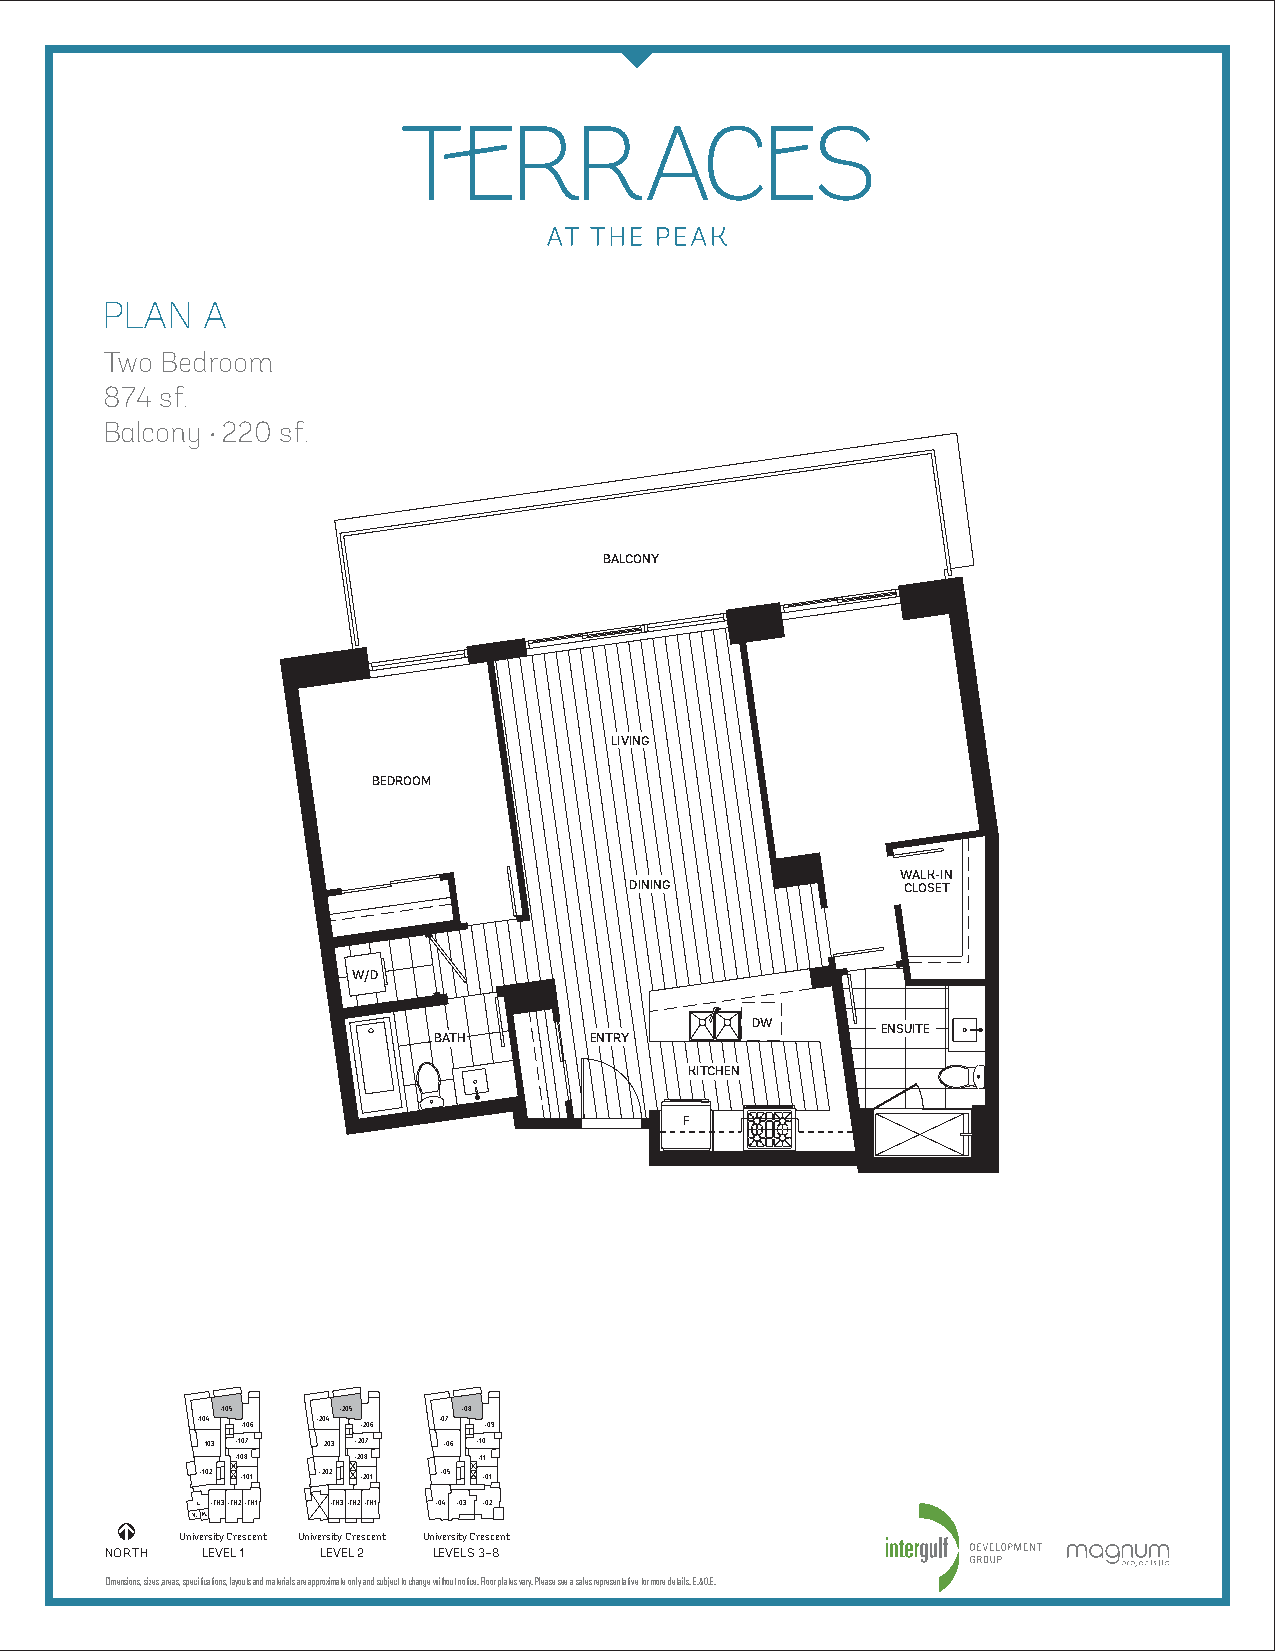
PLAN  A
 Two Bedroom
 874 sf.
 Balcony •220 sf.
 BALCONY
 LIVING
 BEDROOM
 WALK-IN
 DINING            CLOSET
 W/D
 DW      ENSUITE
 BATH      ENTRY
 KITCHEN
 F
 –105   –205     –08
 –104    –204    –07
 –106    –206    –09
 -103 –107 -203 –207 –06 –10
 –108   –208     –11
 –102 –101 –202 –201 –05 –01
 L. –TH3–TH2–TH1 –TH3–TH2–TH1 –04 –03 –02
 V.M.
 University Crescent University Crescent University Crescent
 NORTH LEVEL 1 LEVEL 2 LEVELS 3–8
 Dimensions, sizes, areas, specifications, layouts and materials are approximate only and subject to change without notice. Floor plates vary. Please see a sales representative for more details. E.&O.E.